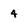
Character: 4